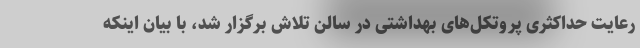
رعایت حداکثری پروتکل‌های بهداشتی در سالن تلاش برگزار شد، با بیان اینکه